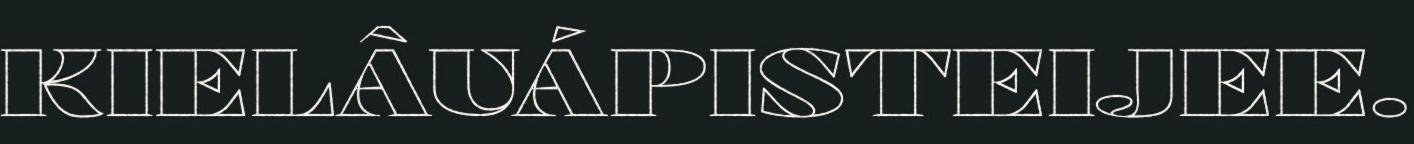
KIELÂUÁPISTEIJEE.